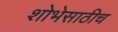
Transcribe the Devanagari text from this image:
शोभेसाठीच